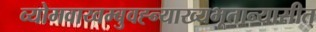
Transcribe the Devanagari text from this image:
व्योमवाय्वम्बुवह्न्याख्यभूतान्यासीत्